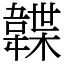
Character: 韘